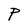
Character: P